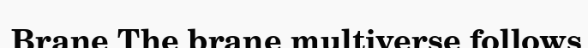
Brane The brane multiverse follows